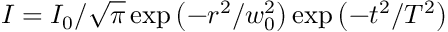
I = I _ { 0 } / \sqrt { \pi } \exp \left( - { r ^ { 2 } } / { w _ { 0 } ^ { 2 } } \right) \exp \left( - { t ^ { 2 } } / { T ^ { 2 } } \right)